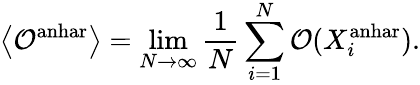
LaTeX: \left\langle\mathcal{O}^{\textrm{anhar}}\right\rangle=\operatorname*{lim}_{N\rightarrow\infty}\frac{1}{N}\sum_{i=1}^{N}\mathcal{O}(X_{i}^{\textrm{anhar}}).